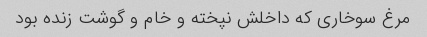
مرغ سوخاری که داخلش نپخته و خام و گوشت زنده بود